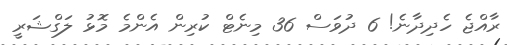
ރާއްޖެ ހެދިދާނެ! 6 ދުވަސް 36 މިނެޓް ކުރިން އެންމެ މޮޅު ލަގްޝަރީ